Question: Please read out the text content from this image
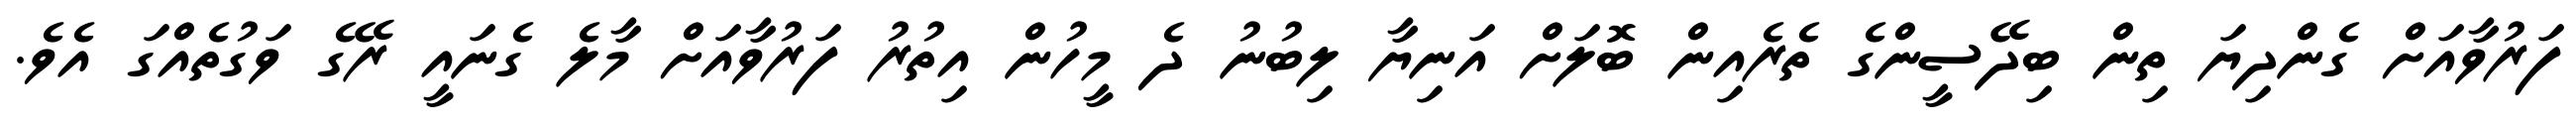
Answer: ފަރުވާއަށް ގެންދިޔަ ތިން ބިދޭސީންގެ ތެރެއިން ބޮލަށް އަނިޔާ ލިބުނު ދެ މީހުން އިތުރު ފަރުވާއަށް މާލެ ގެނައީ ރޭގެ ވަގުތެއްގަ އެވެ.